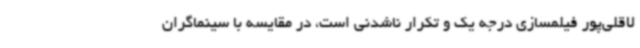
لاقلی‌پور فیلمسازی درجه یک و تکرار ناشدنی است، در مقایسه با سینماگران